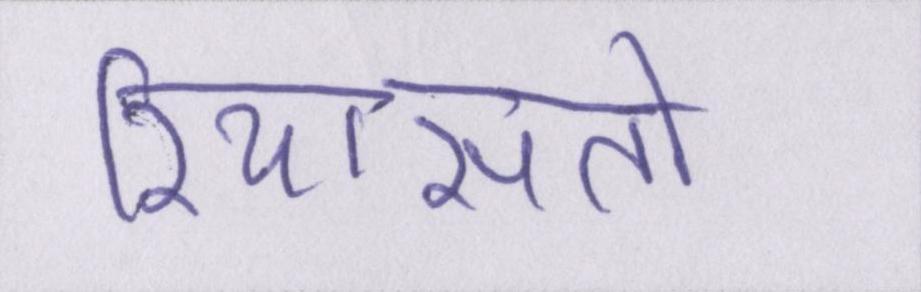
रियासतों